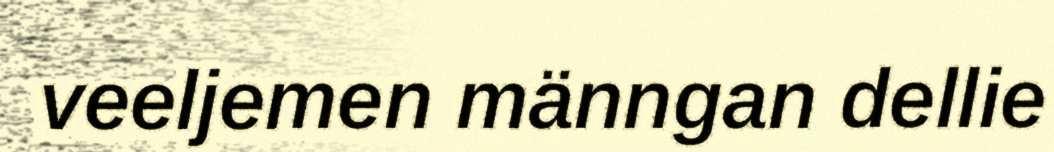
veeljemen männgan dellie